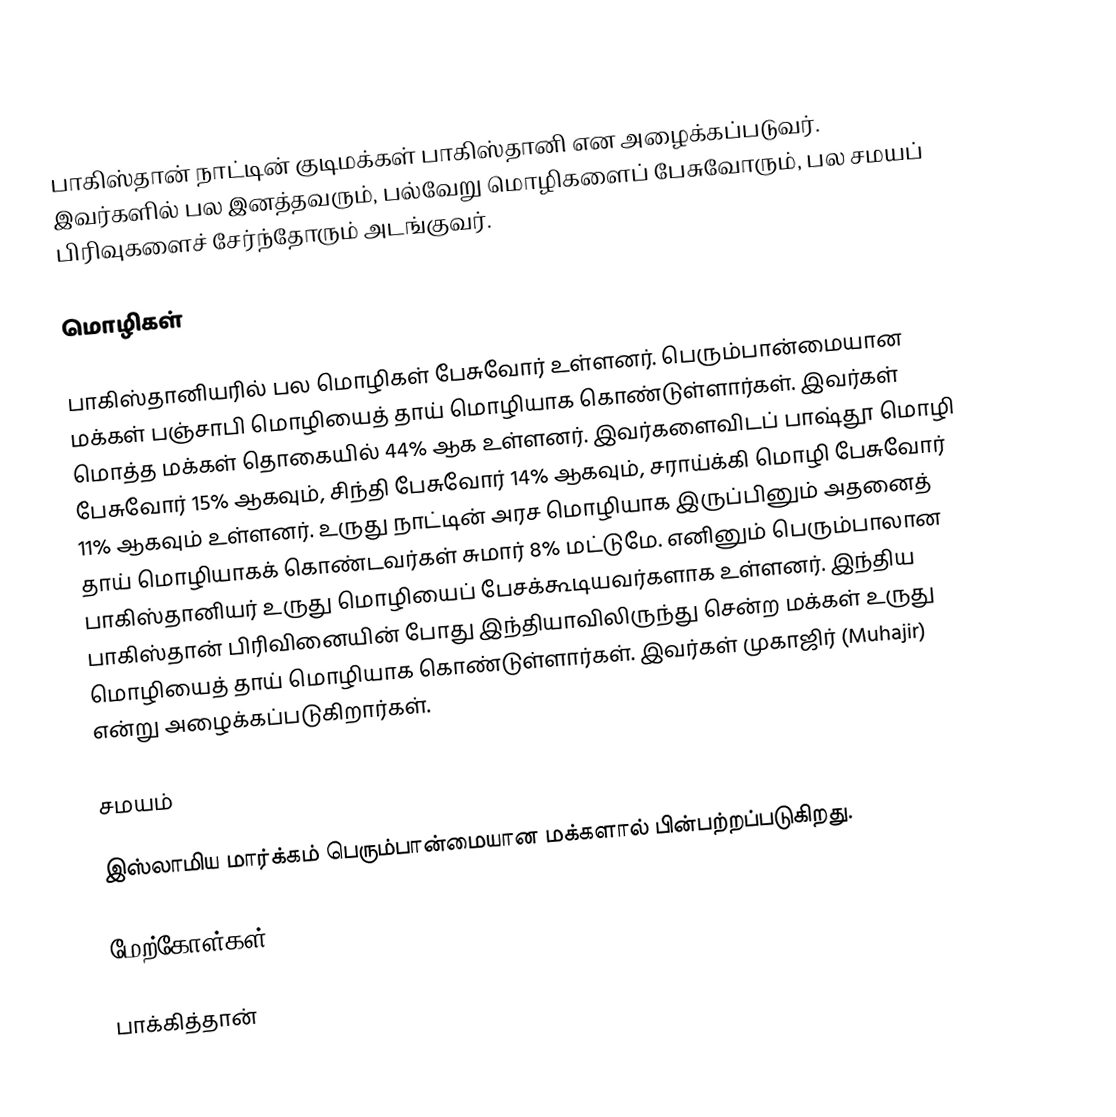
பாகிஸ்தான் நாட்டின் குடிமக்கள் பாகிஸ்தானி என அழைக்கப்படுவர். இவர்களில் பல இனத்தவரும், பல்வேறு மொழிகளைப் பேசுவோரும், பல சமயப் பிரிவுகளைச் சேர்ந்தோரும் அடங்குவர்.

மொழிகள்

பாகிஸ்தானியரில் பல மொழிகள் பேசுவோர் உள்ளனர். பெரும்பான்மையான மக்கள் பஞ்சாபி மொழியைத் தாய் மொழியாக கொண்டுள்ளார்கள். இவர்கள் மொத்த மக்கள் தொகையில் 44% ஆக உள்ளனர். இவர்களைவிடப் பாஷ்தூ மொழி பேசுவோர் 15% ஆகவும், சிந்தி பேசுவோர் 14% ஆகவும், சராய்க்கி மொழி பேசுவோர் 11% ஆகவும் உள்ளனர். உருது நாட்டின் அரச மொழியாக இருப்பினும் அதனைத் தாய் மொழியாகக் கொண்டவர்கள் சுமார் 8% மட்டுமே. எனினும் பெரும்பாலான பாகிஸ்தானியர் உருது மொழியைப் பேசக்கூடியவர்களாக உள்ளனர். இந்திய பாகிஸ்தான் பிரிவினையின் போது இந்தியாவிலிருந்து சென்ற மக்கள் உருது மொழியைத் தாய் மொழியாக கொண்டுள்ளார்கள். இவர்கள் முகாஜிர் (Muhajir) என்று அழைக்கப்படுகிறார்கள்.

சமயம்

இஸ்லாமிய மார்க்கம் பெரும்பான்மையான மக்களால் பின்பற்றப்படுகிறது.

மேற்கோள்கள்

பாக்கித்தான்